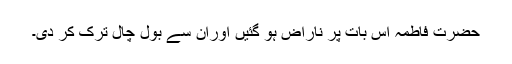
حضرت فاطمہ اس بات پر ناراض ہو گئیں اوران سے بول چال ترک کر دی۔